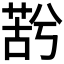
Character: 𮏫